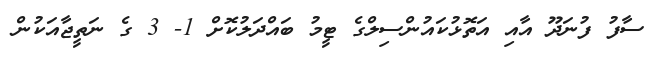
ސާފު ފުނަދޫ އާއި އަތޮޅުކައުންސިލްގެ ޓީމު ބައްދަލުކޮށް 1- 3 ގެ ނަތީޖާއަކުން